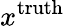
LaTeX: x^{\mathrm{{truth}}}